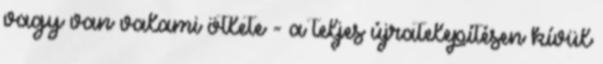
vagy van valami ötlete - a teljes újratelepítésen kívül